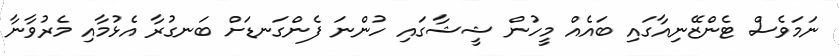
ނަމަވެސް ޓެންޒޭނިއާގައި ބައެއް މީހުން ޝީޝާގައި ހުންނަ ފެންގަނޑަށް ބަނގުރާ އެޅުމާއި މެރުވާނާ